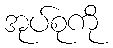
အုပ်စုကို